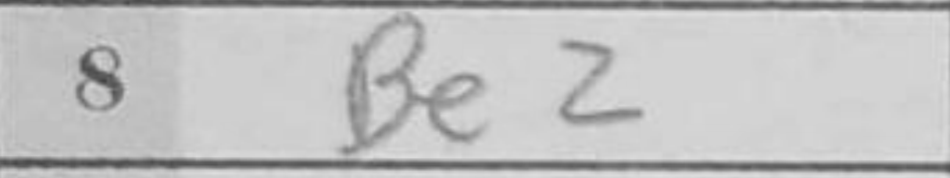
Transcription: Be2